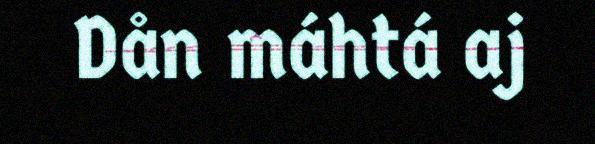
Dån máhtá aj